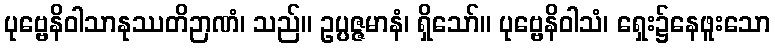
ပုဗ္ဗေနိဝါသာနုဿတိဉာဏံ၊ သည်။ ဥပ္ပဇ္ဇမာနံ၊ ရှိသော်။ ပုဗ္ဗေနိဝါသံ၊ ရှေး၌နေဖူးသော